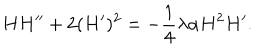
H H ^ { \prime \prime } + 2 ( H ^ { \prime } ) ^ { 2 } = - \frac { 1 } { 4 } \lambda \alpha H ^ { 2 } H ^ { \prime } .